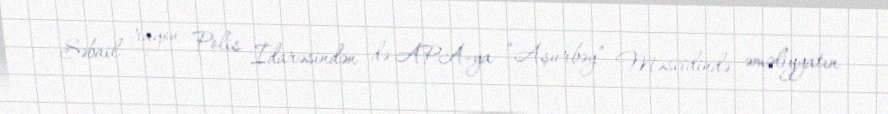
Səbail rayon Polis İdarəsindən də APA-ya “Aşurbəy” Məscidində əməliyyatın